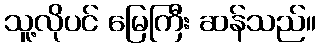
သူ့လိုပင် မြေကြီး ဆန်သည်။